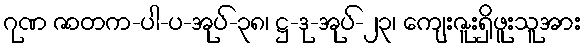
ဂုဏ ဇာတက-ပါ-ပ-အုပ်-၃၈၊ ဋ္ဌ-ဒု-အုပ်-၂၃၊ ကျေးဇူးရှိဖူးသူအား